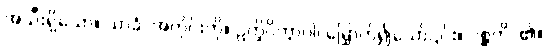
အသီးရှိသော။ သာခံ၊ အကိုင်းကို။ ဥက္ခိပိတွာဝါ၊ မြှောက်၍သော်၎င်း။ ဂစ္ဆတိ၊ ၏။